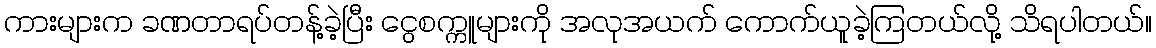
ကားများက ခဏတာရပ်တန့်ခဲ့ပြီး ငွေစက္ကူများကို အလုအယက် ကောက်ယူခဲ့ကြတယ်လို့ သိရပါတယ်။